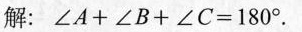
解： $$ ∠ A + ∠ B + ∠ C = 180°。